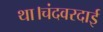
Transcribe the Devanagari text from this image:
था।चंदवरदाई